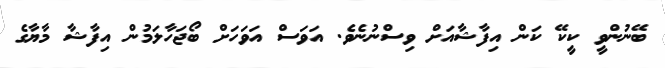
ބޭނުންވީ ކީކޭ ކަން އިފާޝާއަށް ވިސްނުނެވެ. އަވަސް އަވަހަށް ބޯޖަހާލަމުން އިފާޝާ މާޔާގެ